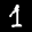
Label: 1